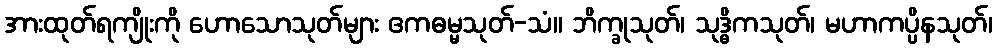
အားထုတ်ရကျိုးကို ဟောသောသုတ်များ ဧကဓမ္မသုတ်-သံ။ ဘိက္ခုသုတ်၊ သုဒ္ဓိကသုတ်၊ မဟာကပ္ပိနသုတ်၊